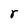
Character: r